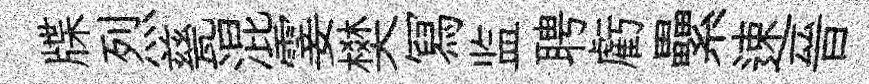
牒烈甆混霎樊冩监聘虧纍速晉